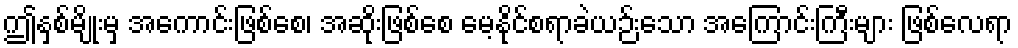
ဤနှစ်မျိုးမှ အကောင်းဖြစ်စေ၊ အဆိုးဖြစ်စေ မေ့နိုင်စရာခဲယဉ်းသော အကြောင်းကြီးများ ဖြစ်လေရာ